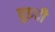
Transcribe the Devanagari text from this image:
वुडची